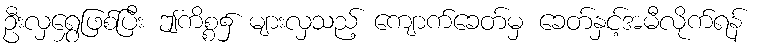
ဦးလှရွှေဖြစ်ပြီး ဤကိစ္စ၌ များလှသည့် ကျောက်ခေတ်မှ ခေတ်နှင့်အမီလိုက်ရန်